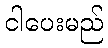
ငါပေးမည်